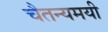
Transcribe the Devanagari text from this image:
चैतन्यमयी